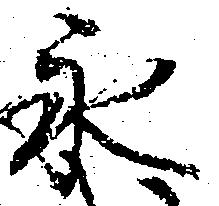
永